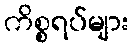
ကိစ္စရပ်များ